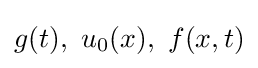
g(t),\ u_{0}(x),\ f(x,t)